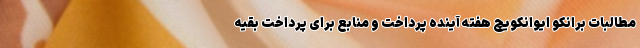
مطالبات برانکو ایوانکویچ هفته آینده پرداخت و منابع برای پرداخت بقیه